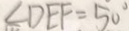
\angle D E F = 5 0 ^ { \circ }